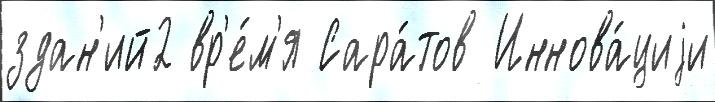
здан'ий2 вр'е́м'я Сара́тов Иннова́циjи